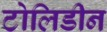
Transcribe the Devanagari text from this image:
टोलिडीन